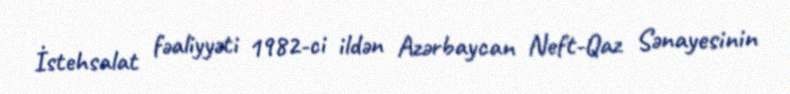
İstehsalat fəaliyyəti 1982-ci ildən Azərbaycan Neft-Qaz Sənayesinin